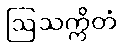
ဩသက္ကိတံ